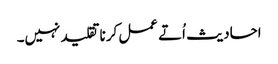
احادیث اُتے عمل کرنا تقلید نہیں۔